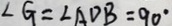
\angle G = \angle A D B = 9 0 ^ { \circ }